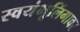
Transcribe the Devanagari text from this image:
स्वयंभूलिंगावर